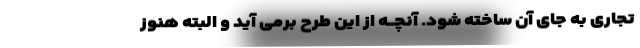
تجاری به جای آن ساخته شود. آنچــه از این طرح برمی آید و البته هنوز